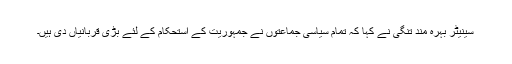
سینیٹر بہرہ مند تنگی نے کہا کہ تمام سیاسی جماعتوں نے جمہوریت کے استحکام کے لئے بڑی قربانیاں دی ہیں۔